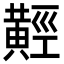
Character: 𪏅